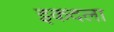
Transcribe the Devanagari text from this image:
इकदला